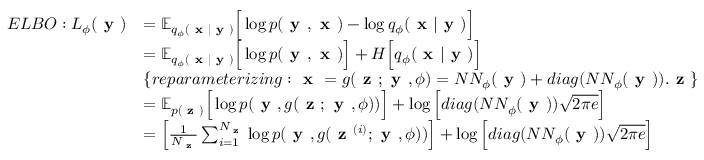
\begin{array} { r l } { E L B O : L _ { \phi } ( \textbf { y } ) } & { = \mathbb { E } _ { q _ { \phi } ( \textbf { x } | \textbf { y } ) } \Big [ \log p ( \textbf { y } , \textbf { x } ) - \log q _ { \phi } ( \textbf { x } | \textbf { y } ) \Big ] } \\ & { = \mathbb { E } _ { q _ { \phi } ( \textbf { x } | \textbf { y } ) } \Big [ \log p ( \textbf { y } , \textbf { x } ) \Big ] + H \Big [ q _ { \phi } ( \textbf { x } | \textbf { y } ) \Big ] } \\ & { \{ r e p a r a m e t e r i z i n g : \textbf { x } = g ( \textbf { z } ; \textbf { y } , \phi ) = N N _ { \phi } ( \textbf { y } ) + d i a g ( N N _ { \phi } ( \textbf { y } ) ) . \textbf { z } \} } \\ & { = \mathbb { E } _ { p ( \textbf { z } ) } \Big [ \log p ( \textbf { y } , g ( \textbf { z } ; \textbf { y } , \phi ) ) \Big ] + \log \Big [ d i a g ( N N _ { \phi } ( \textbf { y } ) ) \sqrt { 2 \pi e } \Big ] } \\ & { = \Big [ \frac { 1 } { N _ { \textbf { z } } } \sum _ { i = 1 } ^ { N _ { \textbf { z } } } \log p ( \textbf { y } , g ( \textbf { z } ^ { ( i ) } ; \textbf { y } , \phi ) ) \Big ] + \log \Big [ d i a g ( N N _ { \phi } ( \textbf { y } ) ) \sqrt { 2 \pi e } \Big ] } \end{array}